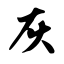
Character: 灰